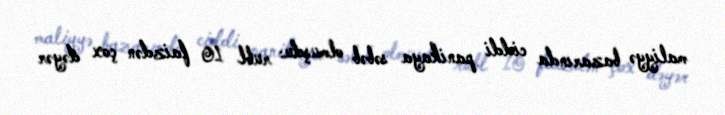
maliyyə bazarında ciddi panikaya səbəb olmuşdu: rubl 10 faizdən çox dəyər